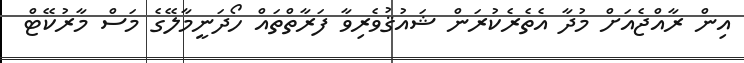
އިން ރާއްޖެއަށް މުދާ އެތެރެކުރަން ޝައުޤުވެރިވާ ފަރާތްތައް ހޯދަނީމާލޭގެ މަސް މާރުކޭޓް